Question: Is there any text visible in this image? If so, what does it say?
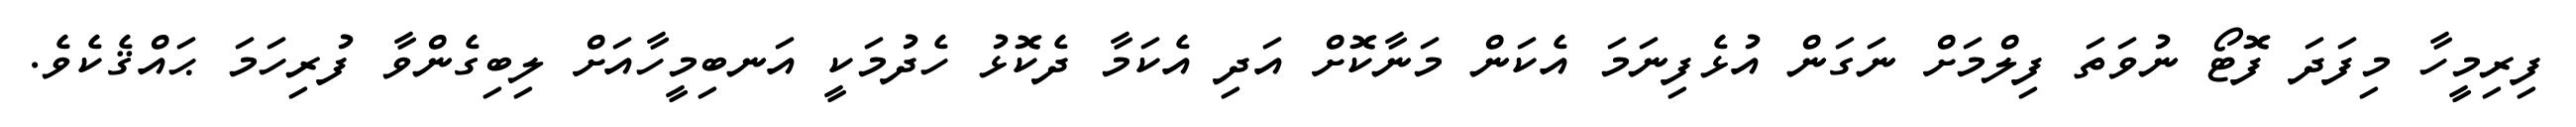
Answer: ފިރިމީހާ މިފަދަ ފޮޓޯ ނުވަތަ ފިލްމަށް ނަގަން އުޅެފިނަމަ އެކަން މަނާކޮށް އަދި އެކަމާ ދެކޮޅު ހެދުމަކީ އަނބިމީހާއަށް ލިބިގެންވާ ފުރިހަމަ ޙައްޤެކެވެ.